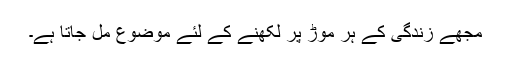
مجھے زندگی کے ہر موڑ پر لکھنے کے لئے موضوع مل جاتا ہے۔